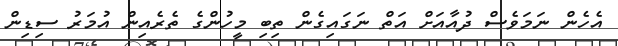
އެހެން ނަމަވެސް ދުއާއަށް އަތް ނަގައިގެން ތިބި މީހުންގެ ތެރެއިން އުމަރު ސިޑިން